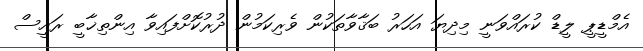
އެމްޑީޕީ ލީޑް ކުރައްވަނީ މިދިޔަ އަހަރު ބަޤާވާތަކުން ވެރިކަމުން ދުރުކޮށްފައިވާ އިންތިޚާބީ ރައީސް